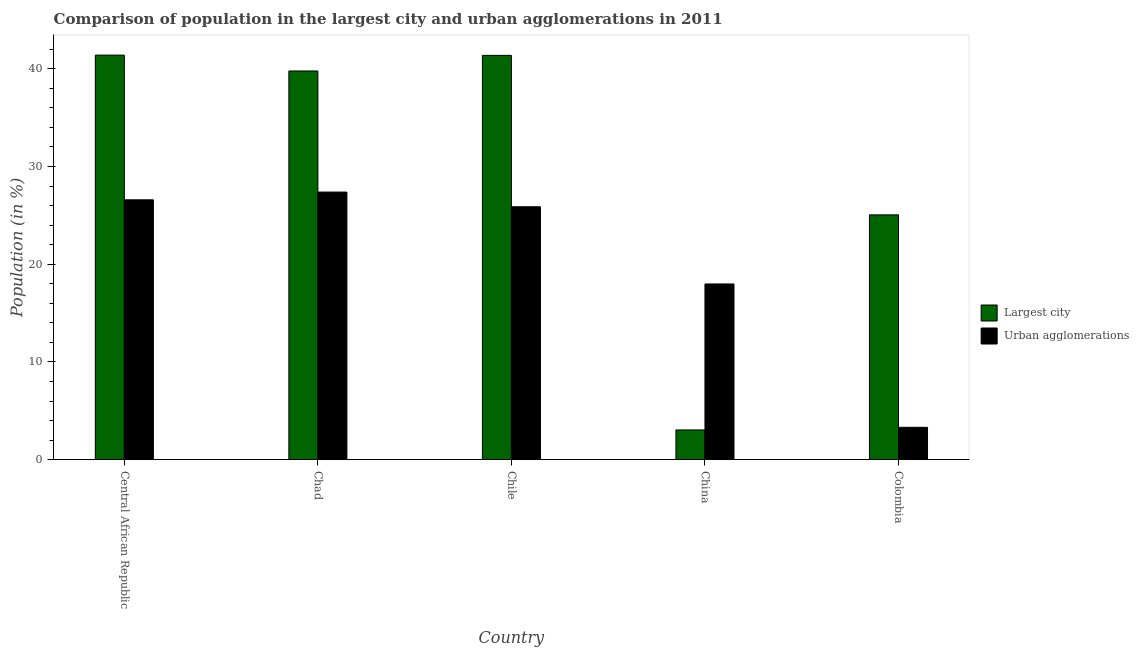
| Country | Largest city | Urban agglomerations |
 | --- | --- | --- |
 | Central African Republic | 41.4 | 26.6 |
 | Chad | 39.8 | 27.4 |
 | Chile | 41.4 | 25.9 |
 | China | 3.04 | 18 |
 | Colombia | 25.1 | 3.32 |